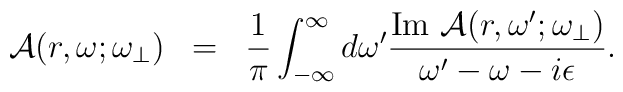
\begin{array}{rcl}{\cal A}(r,\omega;\omega_{\bot})&=&\displaystyle \frac{1}{\pi}\int_{-\infty}^{\infty}d\omega^{\prime}\frac{{\rm Im}~{\cal A}(r,\omega^{\prime};\omega_{\bot})}{\omega^{\prime}-\omega-i\epsilon}. \end{array}